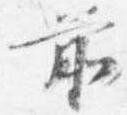
前